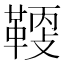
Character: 𩋸